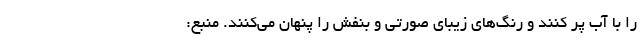
را با آب پر کنند و رنگ‌های زیبای صورتی و بنفش را پنهان می‌کنند. منبع: